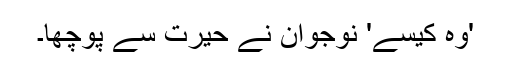
'وہ کیسے' نوجوان نے حیرت سے پوچھا۔